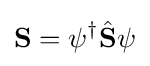
{\mathbf {S} }=\psi ^{\dagger }{\hat {\mathbf {S} }}\psi